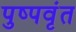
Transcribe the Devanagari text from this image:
पुष्पवृंत